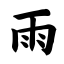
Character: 雨